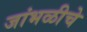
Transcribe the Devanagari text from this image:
जांभळीचे